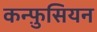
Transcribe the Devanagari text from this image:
कन्फ़ुसियन